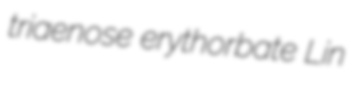
triaenose erythorbate Lin